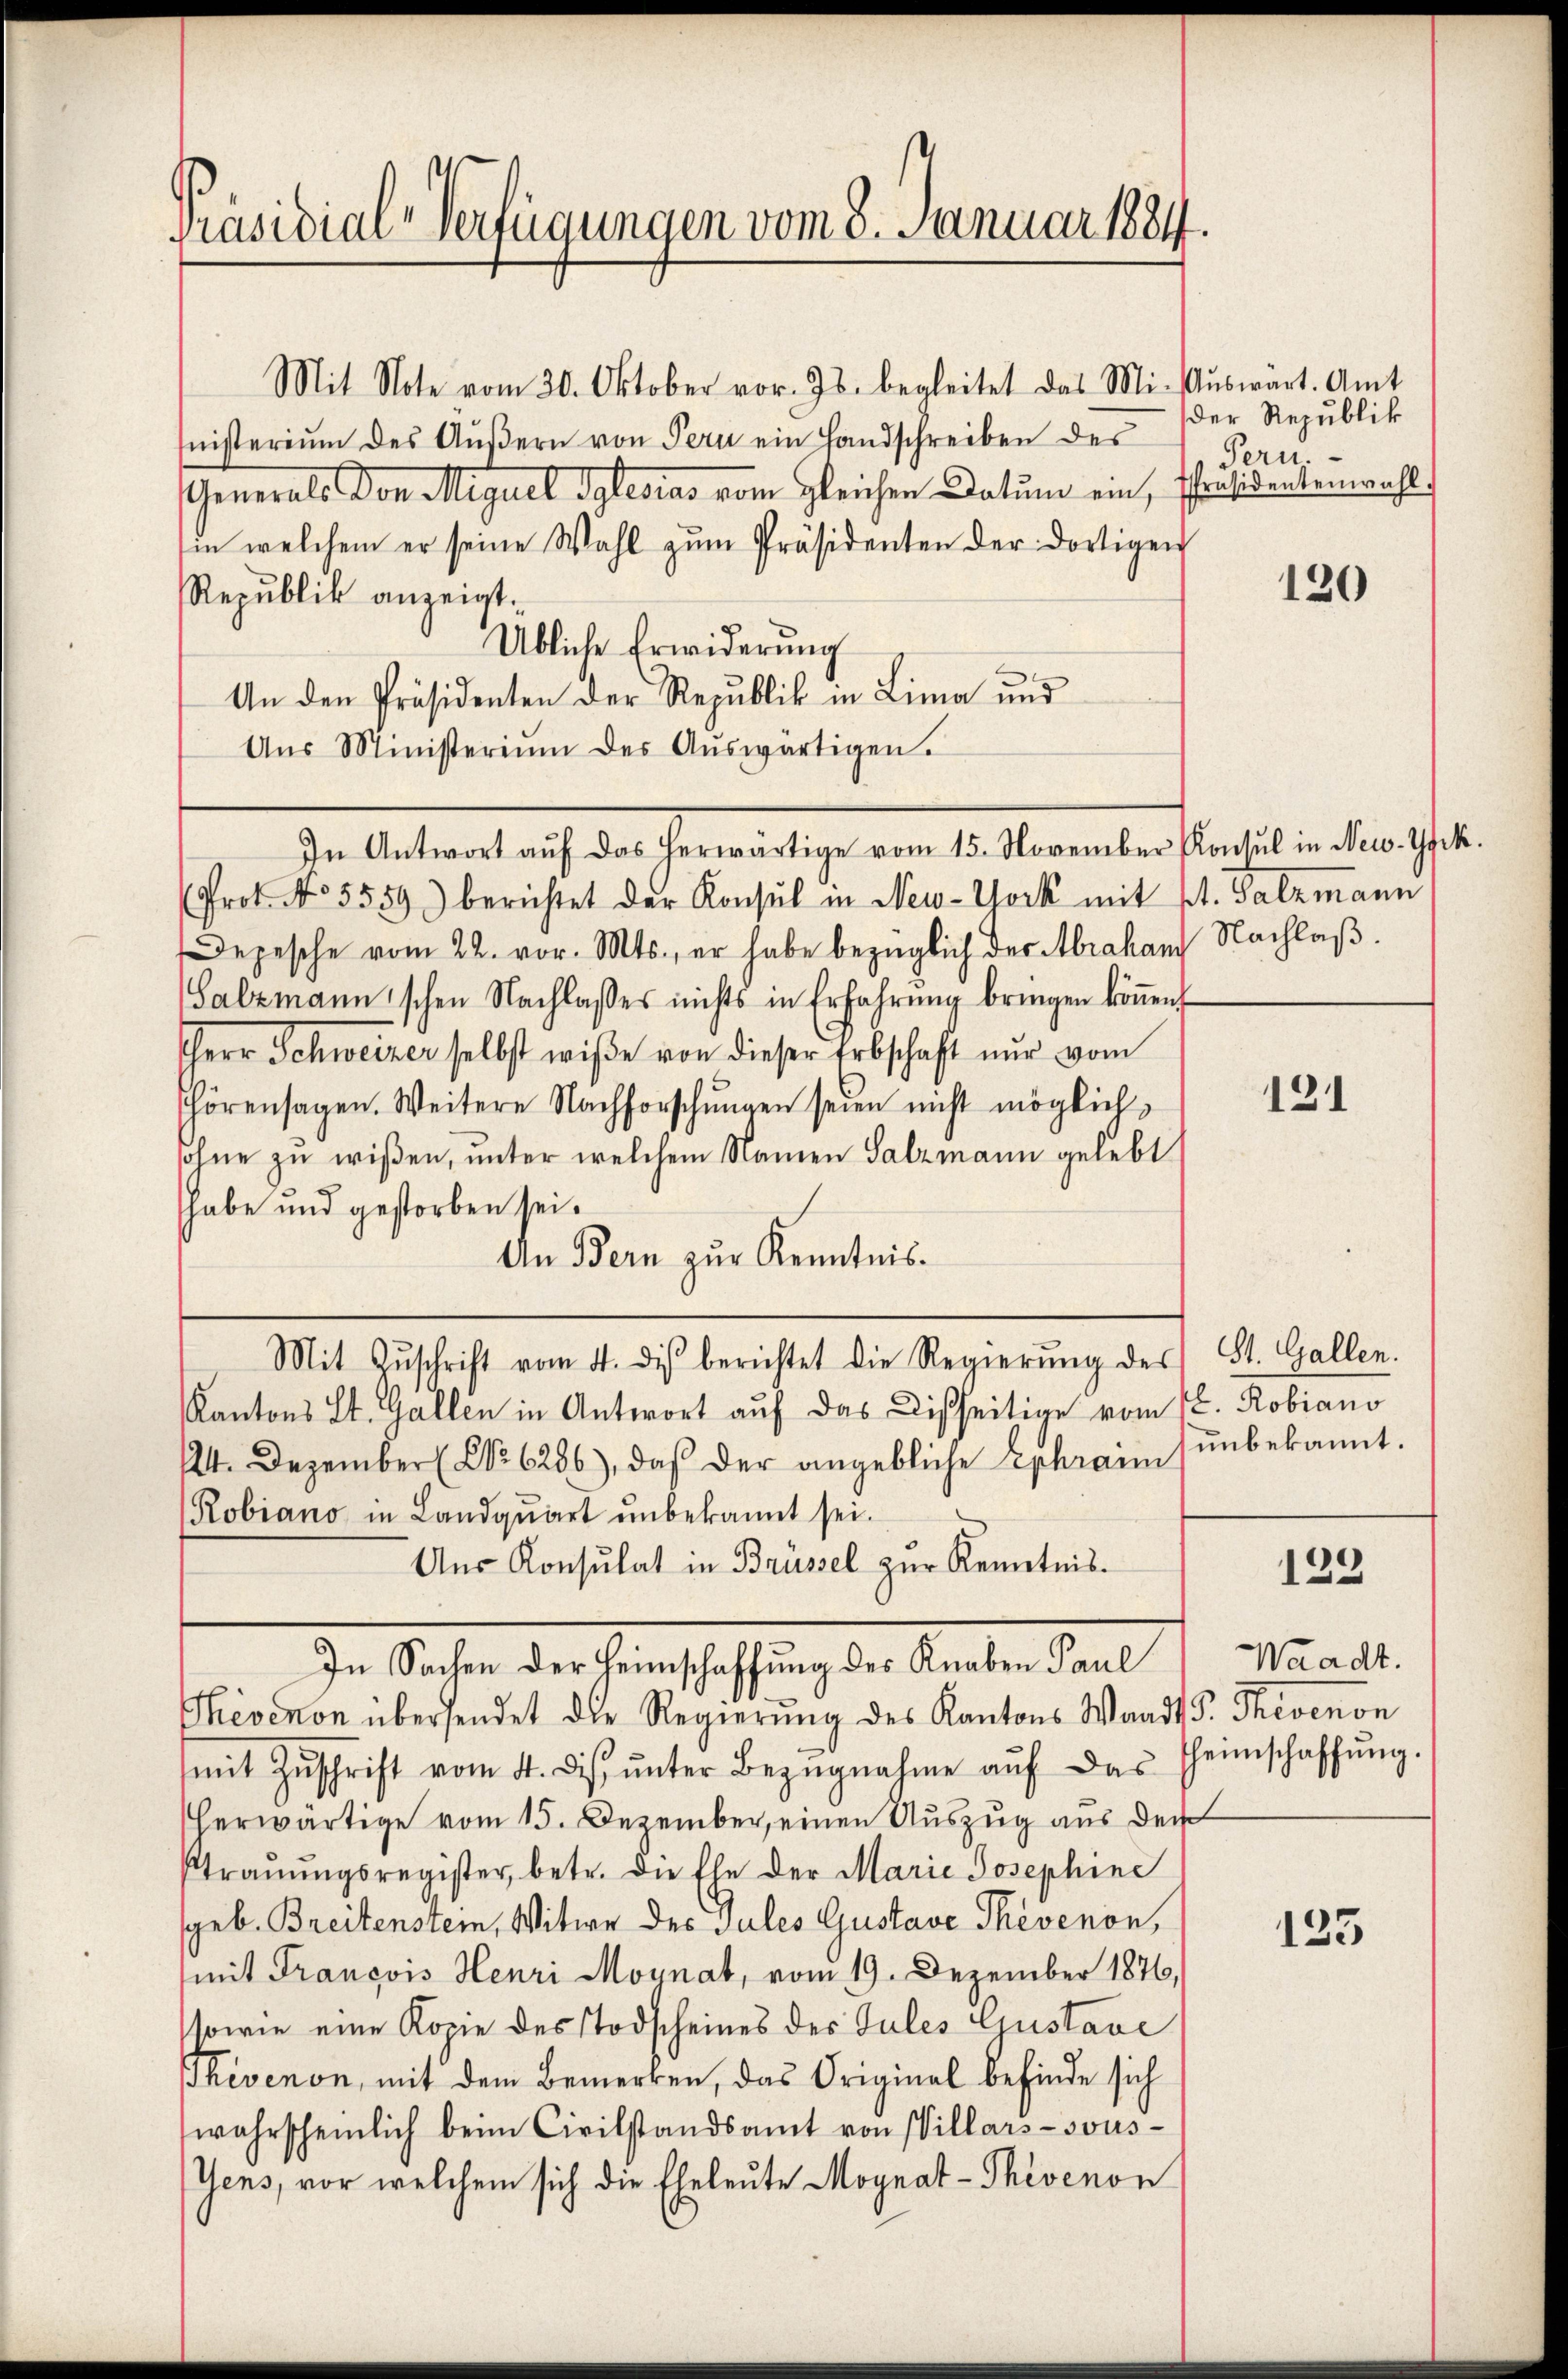
Präsidial-Verfügungen vom 8. Januar 1884

Mit Note vom 30. Oktober vor. Js. begleitet das Mi- Aŭswart. Amt
inisterium des Aŭβern von Pern ein Handschreiben des
Generals von Miguel Solesias vom gleichen Datum ein
sin welchem er seine Wahl zŭm Präsidenten der dortigen
Republik anzeigt.
Übliche Erwiderŭng
An den Präsidenten der Republik in Lima und
Aŭs Ministeriŭm des Aŭswärtigen.
In Antwort aŭf das herwärtige vom 15. November Konsul in New-Yfek.
Prot. No. 5559) berichtet der Konsul in New-York mit St. Salzmann
Depesche vom 22. vor. Mts., er habe bezüglich der Abraham Nachlaß.
Salzmannischen Nachlasses nichts in Erfahrŭng bringen können
Herr Schweizer selbst wiße von dieser Erbschaft nur vom
Thörensagen. Weitere Nachforschungen seien nicht möglichsohne zu wißen, unter welchem Namen Salzmann gelebt
habe und gestorben sei.
An Bern zur Kenntnis.
Mit Zŭschrift vom 4. dis berichtet die Regierŭng des
Kantons St. Gallen in Antwort auf das Disseitige vom
124. Dezember No. 6286), daß der angebliche Sephraim
Robiano in Landquart unbekannt sei.
Aŭs Konsulat in Brüssel zŭr Kenntnis.
In Sachen der Heimschaffung des Knaben Paul
Thevenon übersendet die Regierung des Kantons Waadt
mit Zŭschrift vom 4. dis ŭnter Bezŭgnahme aŭf das Heimschaffŭng.
herwärtige vom 15. Dezember, einen Auszug aus der
traŭŭngsregister, betr. die Ehe der Marie Josephine
geb. Breitenstein, Witwe der Jules Gustave Thevenon,
(mit Francois Henri Moynat, vom 19. Dezember 1876,
sowie eine Kopie des Todscheines der Sules Gustave
hevenon, mit dem Bemerken, das Original befinde sich
wahrscheinlich beim Civilstandsamt von Villars-sous-
Gens, vor welchem sich die Eheleute Moynat-Thévenon

der Republik
Pern.
Präsidentenwahl.

120

121

St. Gallen.
L. Robiano
unbekannt.

129

Waadt.
d. Therenon

135